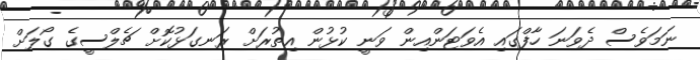
ނަމަވެސް ދެވަނަ ހާފްގައި އެވަޓަންއިން ވަނީ ކުޅުން އިތުރަށް ރަނގަޅުކޮށް ޗެލްސީގެ ގޯލަށް